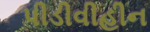
પીડીવીહીન